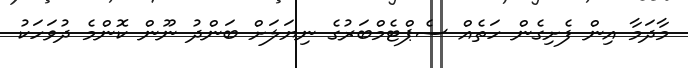
މާދަމާ އިން ފެށިގެން ހަތެއް ސެޕްޓެމްބަރުގެ ނިޔަލަށް ބަންދު ނޫން ކޮންމެ ދުވަހަކު